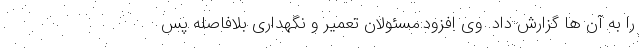
را به آن ها گزارش داد. وی افزود:مسئولان تعمیر و نگهداری بلافاصله پس